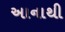
અાનાથી